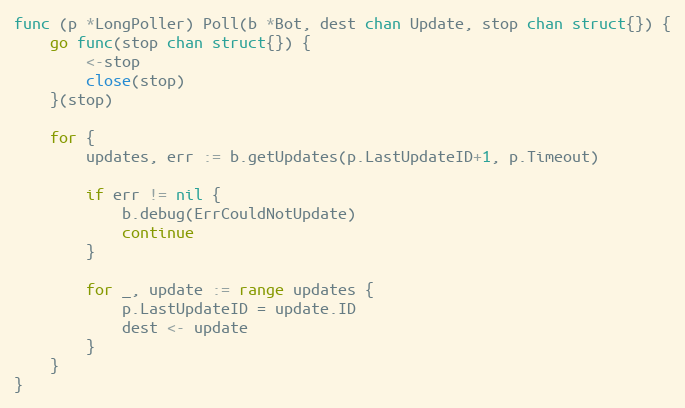
Language: Go
func (p *LongPoller) Poll(b *Bot, dest chan Update, stop chan struct{}) {
	go func(stop chan struct{}) {
		<-stop
		close(stop)
	}(stop)

	for {
		updates, err := b.getUpdates(p.LastUpdateID+1, p.Timeout)

		if err != nil {
			b.debug(ErrCouldNotUpdate)
			continue
		}

		for _, update := range updates {
			p.LastUpdateID = update.ID
			dest <- update
		}
	}
}